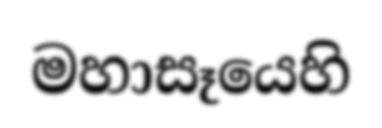
මහාසෑයෙහි